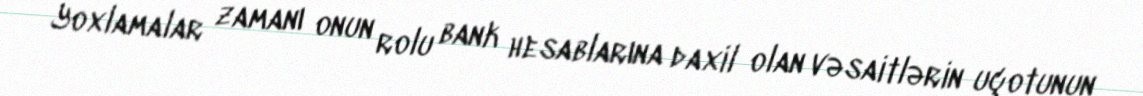
Yoxlamalar zamanı onun rolu bank hesablarına daxil olan vəsaitlərin uçotunun